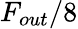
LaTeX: F_{out}/8